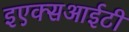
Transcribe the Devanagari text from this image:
इएक्सआईटी